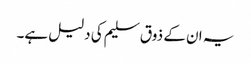
یہ ان کے ذوق سلیم کی دلیل ہے۔